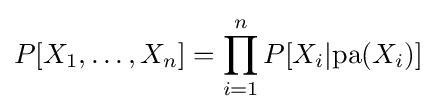
P[X_{1},\ldots ,X_{n}]=\prod _{i=1}^{n}P[X_{i}|{\text{pa}}(X_{i})]